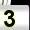
Digit: 3